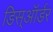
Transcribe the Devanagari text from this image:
डिस्ऑर्डर